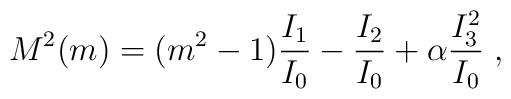
M^2 (m) = (m^2  - 1) \frac{I_1}{I_0}  - \frac{I_2}{I_0}  + \alpha\frac{I_3^2}{I_0} \; ,